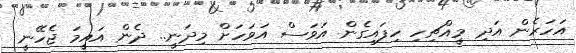
އަހަރެން އަދި މީއްޗިހި ހިފައިގެން އަވަސް އަވަހަށް މިދަނީ.. ދެން އައީމަ ޖެހޭނީ